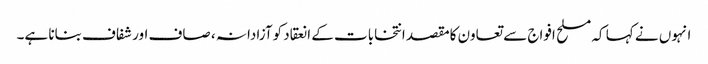
انہوں نے کہا کہ مسلح افواج سے تعاون کامقصد انتخابات کے انعقاد کوآزادانہ ، صاف اور شفاف بنانا ہے۔